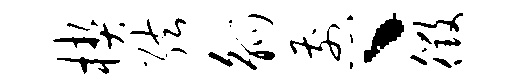
楔弦觚煎丶徵